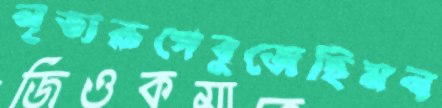
নৃত্যরূপেবুজেছিমন